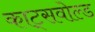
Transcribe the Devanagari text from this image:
काट्सवोल्ड